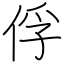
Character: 俘